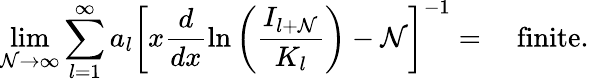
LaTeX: \operatorname*{lim}_{\mathcal{N}\rightarrow\infty}\sum_{l=1}^{\infty}a_{l}\left[x\displaystyle\frac{{d}}{{dx}}\ln\left(\displaystyle\frac{{I_{l+\mathcal{N}}}}{{K_{l}}}\right)-\mathcal{N}\right]^{-1}=\quad\mathrm{{finite}}.